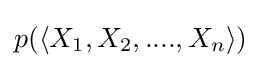
p(\langle X_{1},X_{2},....,X_{n}\rangle )